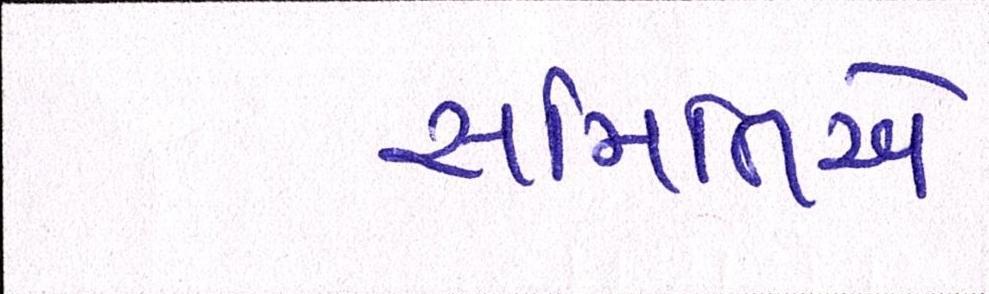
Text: સમિતિએ